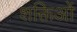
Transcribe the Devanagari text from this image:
शक्तिओं